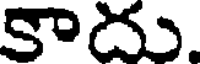
కాదు.